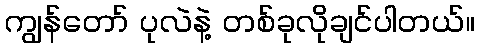
ကျွန်တော် ပုလဲနဲ့ တစ်ခုလိုချင်ပါတယ်။